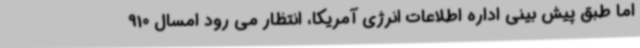
اما طبق پیش بینی اداره اطلاعات انرژی آمریکا، انتظار می رود امسال 910